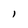
Character: l